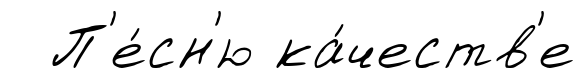
П'е́сн'ю ка́честв'е